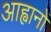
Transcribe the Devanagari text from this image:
आह्वानों